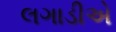
લગાડીએ